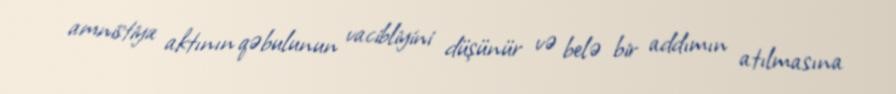
amnistiya aktının qəbulunun vacibliyini düşünür və belə bir addımın atılmasına